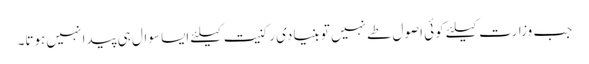
جب وزارت کیلئے کوئی اصول طے نہیں تو بنیادی رکنیت کیلئے ایسا سوال ہی پیدا نہیں ہوتا۔